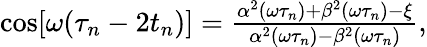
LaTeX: \begin{array}{r}{\cos[\omega(\tau_{n}-2t_{n})]=\frac{\alpha^{2}(\omega\tau_{n})+\beta^{2}(\omega\tau_{n})-\xi}{\alpha^{2}(\omega\tau_{n})-\beta^{2}(\omega\tau_{n})},}\end{array}